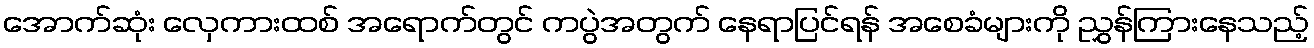
အောက်ဆုံး လှေကားထစ် အရောက်တွင် ကပွဲအတွက် နေရာပြင်ရန် အစေခံများကို ညွှန်ကြားနေသည့်